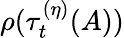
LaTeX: \rho(\tau_{t}^{(\eta)}(A))